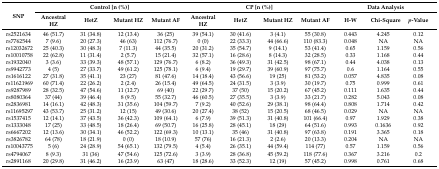
<table><thead><tr><td rowspan="2"><b>SNP</b></td><td colspan="4"><b>Control [n (%)]</b></td><td colspan="4"><b>CP [n (%)]</b></td><td colspan="3"><b>Data Analysis</b></td></tr><tr><td><b>Ancestral HZ</b></td><td><b>HetZ</b></td><td><b>Mutant HZ</b></td><td><b>Mutant AF</b></td><td><b>Ancestral HZ</b></td><td><b>HetZ</b></td><td><b>Mutant HZ</b></td><td><b>Mutant AF</b></td><td><b>H-W</b></td><td><b>Chi-Square</b></td><td><b><i>p</i>-Value</b></td></tr></thead><tbody><tr><td>rs2521634</td><td>46 (51.7)</td><td>31 (34.8)</td><td>12 (13.4)</td><td>36 (25)</td><td>39 (54.1)</td><td>30 (41.6)</td><td>3 (4.1)</td><td>55 (30.8)</td><td>0.443</td><td>4.245</td><td>0.12</td></tr><tr><td>rs7762544</td><td>7 (9.6)</td><td>20 (27.3)</td><td>46 (63)</td><td>112 (76.7)</td><td>0 (0)</td><td>22 (33.3)</td><td>44 (66.6)</td><td>110 (83.3)</td><td>0.048</td><td>NA</td><td>NA</td></tr><tr><td>rs12032672</td><td>25 (40.3)</td><td>30 (48.3)</td><td>7 (11.3)</td><td>44 (35.5)</td><td>20 (31.2)</td><td>35 (54.7)</td><td>9 (14.1)</td><td>53 (41.4)</td><td>0.65</td><td>1.159</td><td>0.56</td></tr><tr><td>rs10010758</td><td>22 (62.8)</td><td>11 (31.4)</td><td>2 (5.7)</td><td>15 (21.4)</td><td>32 (57.1)</td><td>16 (28.6)</td><td>8 (14.3)</td><td>32 (28.5)</td><td>0.33</td><td>1.168</td><td>0.44</td></tr><tr><td>rs1932040</td><td>3 (3.6)</td><td>33 (39.3)</td><td>48 (57.1)</td><td>129 (76.7)</td><td>6 (8.2)</td><td>36 (49.3)</td><td>31 (42.5)</td><td>98 (67.1)</td><td>0.44</td><td>4.038</td><td>0.13</td></tr><tr><td>rs9942773</td><td>4 (5)</td><td>27 (33.7)</td><td>49 (61.2)</td><td>125 (78.1)</td><td>6 (9.4)</td><td>19 (29.7)</td><td>39 (60.9)</td><td>97 (75.7)</td><td>0.6</td><td>1.164</td><td>0.55</td></tr><tr><td>rs1616122</td><td>27 (31.8)</td><td>35 (41.1)</td><td>23 (27)</td><td>81 (47.6)</td><td>14 (18.4)</td><td>43 (56.6)</td><td>19 (25)</td><td>81 (53.2)</td><td>0.057</td><td>4.835</td><td>0.08</td></tr><tr><td>rs11621969</td><td>60 (71.4)</td><td>22 (26.2)</td><td>2 (2.4)</td><td>26 (15.4)</td><td>49 (64.5)</td><td>24 (31.5)</td><td>3 (3.9)</td><td>30 (19.7)</td><td>0.75</td><td>0.999</td><td>0.61</td></tr><tr><td>rs9287989</td><td>28 (32.5)</td><td>47 (54.6)</td><td>11 (12.7)</td><td>69 (40)</td><td>22 (29.7)</td><td>37 (50)</td><td>15 (20.2)</td><td>67 (45.2)</td><td>0.111</td><td>1.635</td><td>0.44</td></tr><tr><td>rs8080364</td><td>37 (44)</td><td>39 (46.4)</td><td>8 (9.5)</td><td>55 (32.7)</td><td>46 (60.5)</td><td>27 (35.5)</td><td>3 (3.9)</td><td>33 (21.7)</td><td>0.282</td><td>5.043</td><td>0.08</td></tr><tr><td>rs2836981</td><td>14 (16.1)</td><td>42 (48.3)</td><td>31 (35.6)</td><td>104 (59.7)</td><td>7 (9.2)</td><td>40 (52.6)</td><td>29 (38.1)</td><td>98 (64.4)</td><td>0.808</td><td>1.714</td><td>0.42</td></tr><tr><td>rs11695297</td><td>43 (53.7)</td><td>25 (31.2)</td><td>12 (15)</td><td>49 (30.6)</td><td>20 (27.4)</td><td>38 (52)</td><td>15 (20.5)</td><td>68 (46.5)</td><td>0.029</td><td>NA</td><td>NA</td></tr><tr><td>rs1537415</td><td>12 (14.1)</td><td>37 (43.5)</td><td>36 (42.3)</td><td>109 (64.1)</td><td>6 (7.9)</td><td>39 (51.3)</td><td>31 (40.8)</td><td>101 (66.4)</td><td>0.97</td><td>1.929</td><td>0.38</td></tr><tr><td>rs1333048</td><td>17 (25)</td><td>33 (48.5)</td><td>18 (26.4)</td><td>69 (50.7)</td><td>16 (25.8)</td><td>28 (45.1)</td><td>18 (29)</td><td>64 (51.6)</td><td>0.993</td><td>0.1636</td><td>0.92</td></tr><tr><td>rs6667202</td><td>12 (13.6)</td><td>30 (34.1)</td><td>46 (52.2)</td><td>122 (69.3)</td><td>10 (13.1)</td><td>35 (46)</td><td>31 (40.8)</td><td>97 (63.8)</td><td>0.191</td><td>3.365</td><td>0.18</td></tr><tr><td>rs3826782</td><td>64 (78)</td><td>18 (21.9)</td><td>0 (0)</td><td>18 (10.9)</td><td>57 (76)</td><td>16 (21.3)</td><td>2 (2.6)</td><td>20 (13.3)</td><td>0.204</td><td>NA</td><td>NA</td></tr><tr><td>rs10043775</td><td>5 (6)</td><td>24 (28.9)</td><td>54 (65.1)</td><td>132 (79.5)</td><td>4 (5.4)</td><td>26 (35.1)</td><td>44 (59.4)</td><td>114 (77)</td><td>0.57</td><td>1.159</td><td>0.56</td></tr><tr><td>rs4794067</td><td>8 (9.3)</td><td>31 (36)</td><td>47 (54.6)</td><td>125 (72.6)</td><td>3 (3.9)</td><td>28 (36.8)</td><td>45 (59.2)</td><td>118 (77.6)</td><td>0.367</td><td>3.216</td><td>0.2</td></tr><tr><td>rs2891168</td><td>20 (29.8)</td><td>31 (46.2)</td><td>16 (23.9)</td><td>63 (47)</td><td>18 (28.6)</td><td>33 (52.3)</td><td>12 (19)</td><td>57 (45.2)</td><td>0.998</td><td>0.761</td><td>0.68</td></tr></tbody></table>